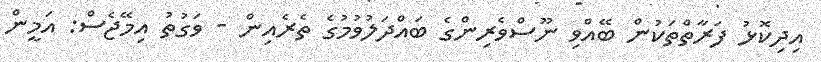
އިދިކޮޅު ފަރާތްތަކުން ބޭއްވި ނޫސްވެރިންގެ ބައްދަލުވުމުގެ ތެރެއިން - ވަގުތު އިމޭޖެސް: އަމީން